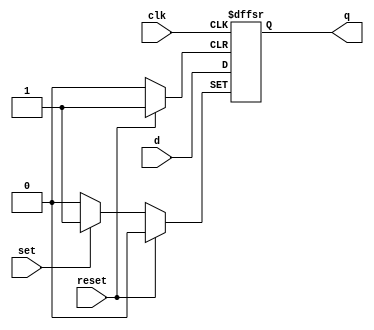
module dff (q, d, clk, reset, set) ;
	input d, clk, reset, set ;
	output reg q ;
	
	always @(posedge clk or posedge reset or posedge set)
	begin
			if (reset)
				q <= 1'b0 ;
			else if (set)
				q <= 1'b1 ;
			else
				q <= d ;
	end
endmodule

module cl (t2, t1, t0, s, z, x, clk, rst, set) ;
	input s, z, x, clk, rst, set ;
	output t2, t1, t0 ;
	
	wire sbar, xbar, zbar, w11, w12, w21, w22, w23, w31, w32 ;
	wire d0, d1, d2 ;
	
	not (xbar, x) ;
	not (zbar, z) ;
	not (sbar, s) ;
	
	and (w11, t0, sbar) ;
	and (w12, t2, z) ;
	and (w21, t0, s) ;
	and (w22, t2, xbar, zbar) ;
	and (w23, t1, xbar) ;
	and (w31, t1, x) ;
	and (w32, t2, zbar, x) ;
	
	or (d0, w11, w12) ;
	or (d1, w21, w22, w23) ;
	or (d2, w31, w32) ;
	
	dff f0 (t0, d0, clk, 1'b0, set) ;
	dff f1 (t1, d1, clk, rst, 1'b0) ;
	dff f2 (t2, d2, clk, rst, 1'b0) ;
	
endmodule